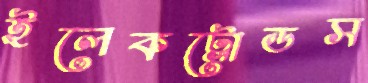
ইলেকট্রোডস